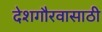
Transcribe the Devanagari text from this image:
देशगौरवासाठी